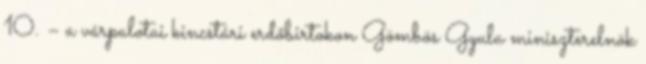
10. – a várpalotai kincstári erdőbirtokon Gömbös Gyula miniszterelnök